Annual administration report of the Civil Veterinary Department of India - 1896-1897
Year: 1896
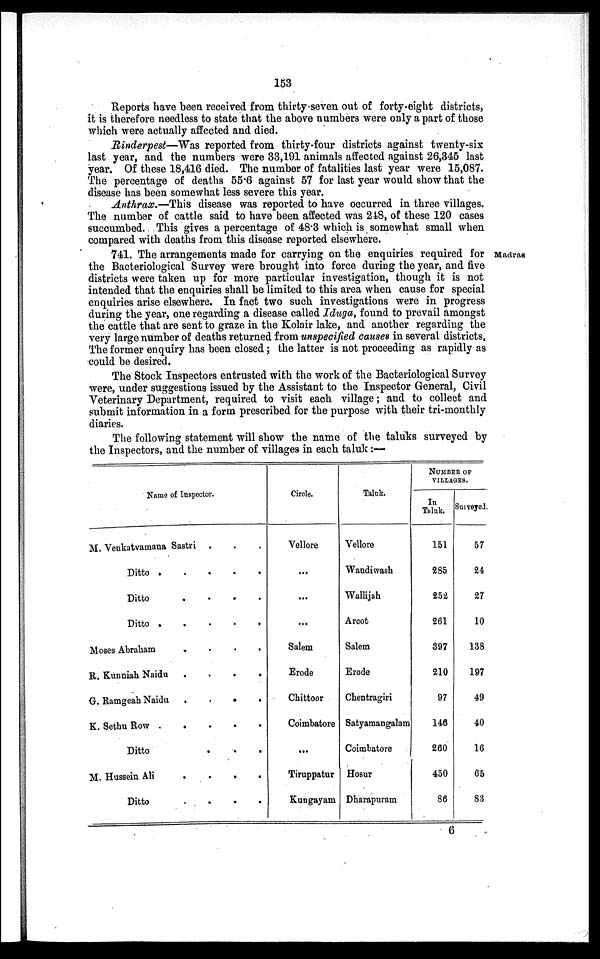
153
Reports have been received from thirty seven out of forty-eight districts,
it is therefore needless to state that the above numbers were only a part of those
which were actually affected and died.
Rinderpest—Was reported from thirty-four districts against twenty-six
last year, and the numbers were 33,191 animals affected against 26,345 last
year. Of these 18,416 died. The number of fatalities last year were 15,087.
The percentage of deaths 55.6 against 57 for last year would show that the
disease has been somewhat less severe this year.
Anthrax.—This disease was reported to have occurred in three villages.
The number of cattle said to have been affected was 248, of these 120 cases
succumbed. This gives a percentage of 48.3 which is somewhat small when
compared with deaths from this disease reported elsewhere.
Madras
741. The arrangements made for carrying on the enquiries required for
the Bacteriological Survey were brought into force during the year, and five
districts were taken up for more particular investigation, though it is not
intended that the enquiries shall be limited to this area when cause for special
enquiries arise elsewhere. In fact two such investigations were in progress
during the year, one regarding a disease called Iduga, found to prevail amongst
the cattle that are sent to graze in the Kolair lake, and another regarding the
very large number of deaths returned from unspecified causes in several districts.
The former enquiry has been closed; the latter is not proceeding as rapidly as
could be desired.
The Stock Inspectors entrusted with the work of the Bacteriological Survey
were, under suggestions issued by the Assistant to the Inspector General, Civil
Veterinary Department, required to visit each village; and to collect and
submit information in a form prescribed for the purpose with their tri-monthly
diaries.
The following statement will show the name of the taluks surveyed by
the Inspectors, and the number of villages in each taluk:—
Name of Inspector.
M. Venkatvamana Sastri . . .
Ditto
.
.
.
.
.
Ditto
.
.
.
.
Ditto
.
.
.
.
.
Moses Abraham
.
.
.
.
R. Kunniah Naidu
.
.
.
.
G. Ramgeah Naidu .
.
.
.
K. Sethu Row
.
.
.
.
.
Ditto . . .
M. Hussein Ali .
.
.
.
Ditto
.
.
.
.
Circle.
Vellore
...
...
...
Salem
Erode
Chittoor
Coimbatore
...
Tiruppatur
Kungayam
Taluk.
Vellore
Wandiwash
Wallijah
Arcot
Salem
Erode
Chentragiri
Satyamangalam
Coimbatore
Hosur
Dharapuram
NUMBER OF
VILLAGES.
In
Taluk.
151
285
252
261
397
210
97
146
260
450
86
Surveyed.
57
24
27
10
138
197
49
40
16
65
83
6